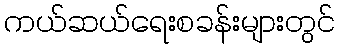
ကယ်ဆယ်ရေးစခန်းများတွင်